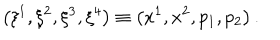
\left( \xi ^ { 1 } , \xi ^ { 2 } , \xi ^ { 3 } , \xi ^ { 4 } \right) \equiv \left( x ^ { 1 } , x ^ { 2 } , p _ { 1 } , p _ { 2 } \right) .